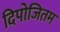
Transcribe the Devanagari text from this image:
दिपोजितम